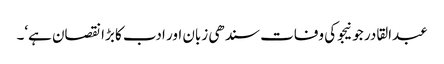
عبدالقادر جونیجو کی وفات سندھی زبان اور ادب کا بڑا نقصان ہے‘۔